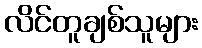
လိင်တူချစ်သူများ